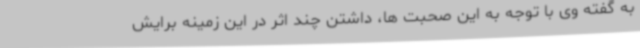
به گفته وی با توجه به این صحبت ها، داشتن چند اثر در این زمینه برایش